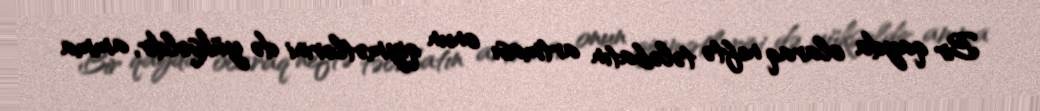
Bir qayda olaraq neftə tələbatın artması onun qiymətlərini də yüksəldir, amma